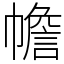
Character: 幨